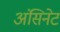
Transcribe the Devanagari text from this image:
अंसिनेट